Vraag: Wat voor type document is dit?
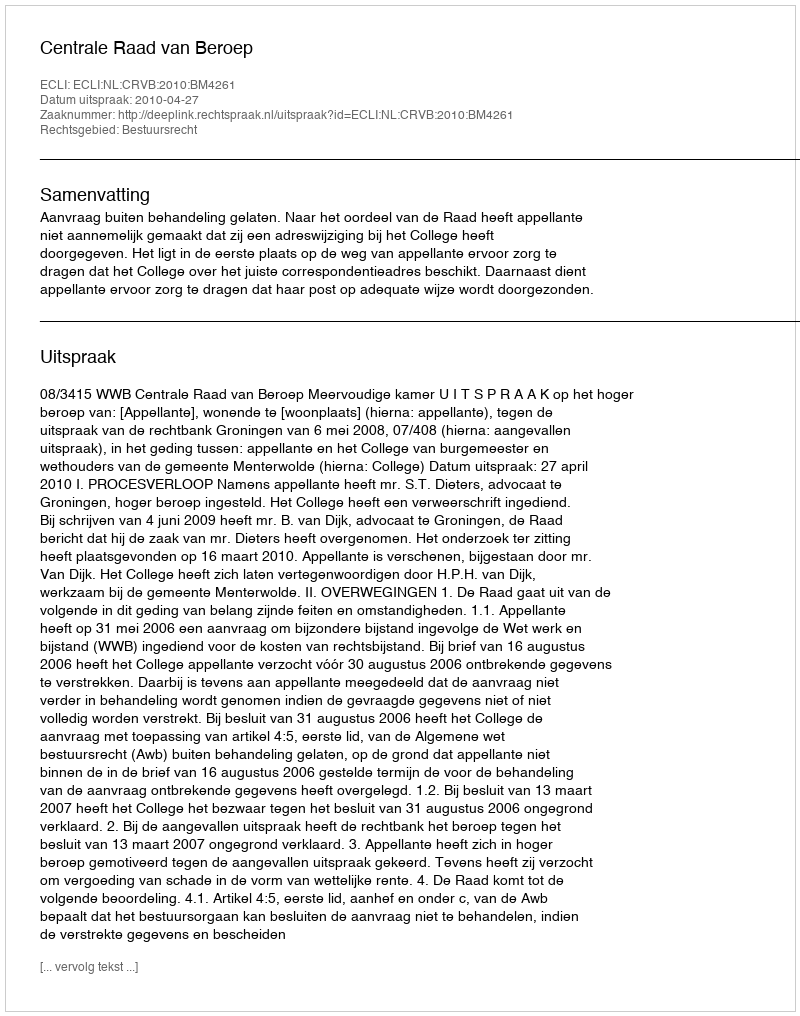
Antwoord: Uitspraak